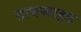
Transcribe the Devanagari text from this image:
टायफाइड